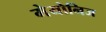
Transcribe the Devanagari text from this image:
मेयोनिज